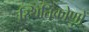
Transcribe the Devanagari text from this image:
स्थितिकोणों